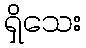
ရှိသေး